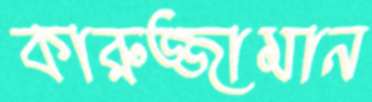
কারুজ্জামান